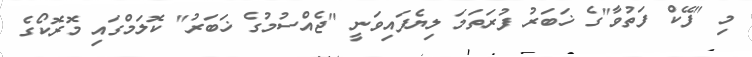
މި "ފޭކް ފަތުވާ"ގެ ޚަބަރު ފުރަތަމަ ލިޔެފައިވަނީ "ޖެއްސުމުގެ ޚަބަރު" ކޮލަމްގައި މޮރޮކޯގެ